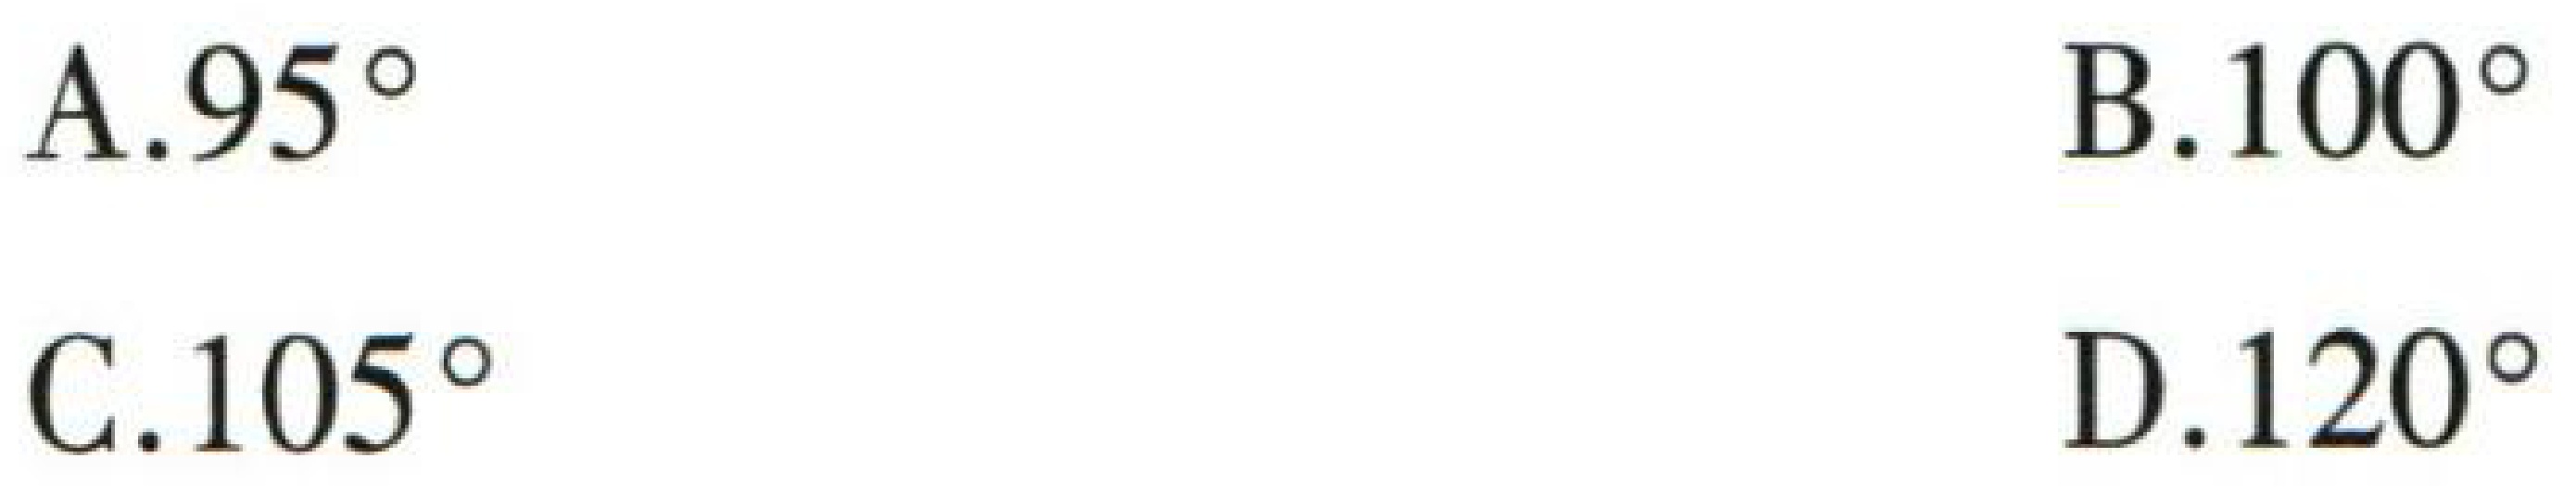
A. \(95^{\circ}\)  B. \(100^{\circ}\)  C. \(105^{\circ}\)  D. \(120^{\circ}\)